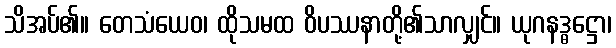
သိအပ်၏။ တေသံယေဝ၊ ထိုသမထ ဝိပဿနာတို့၏သာလျှင်။ ယုဂနဒ္ဓဋ္ဌော၊